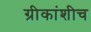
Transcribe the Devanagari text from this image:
ग्रीकांशीच